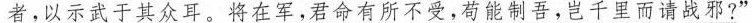
者，以示武于其众耳。将在军，君命有所不受，苟能制吾，岂千里而请战邪?”